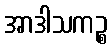
အာဒါသကဉ္စ